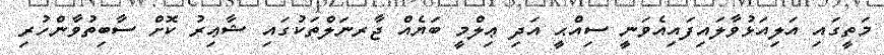
މަތީގައި އަލިއަޅުވާލައިފައިއެވަނީ ސިއްޙީ އަދި ޢިލްމީ ބަޔެއް ޖާރނަލްތަކުގައި ޝާޢިރު ކޮށް ސާބިތުވާންހުރި